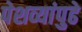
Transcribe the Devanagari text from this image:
पेशव्यांपुढे